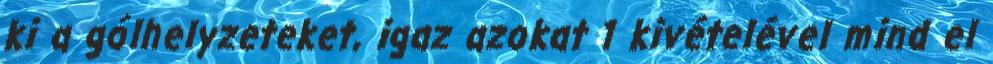
ki a gólhelyzeteket, igaz azokat 1 kivételével mind el